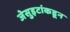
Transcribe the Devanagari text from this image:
जेसुइटांकडून